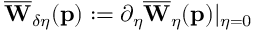
\overline { { \mathbf { W } } } _ { \delta \eta } ( \mathbf { p } ) : = \partial _ { \eta } \overline { { \mathbf { W } } } _ { \eta } ( \mathbf { p } ) \vert _ { \eta = 0 }